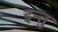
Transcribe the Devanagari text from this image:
इन्तु